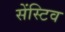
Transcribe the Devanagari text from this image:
सेंस्टिव